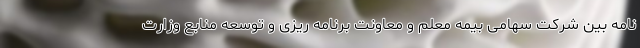
نامه بین شرکت سهامی بیمه معلم و معاونت برنامه ریزی و توسعه منابع وزارت